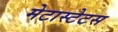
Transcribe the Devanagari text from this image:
मेटास्टेटस